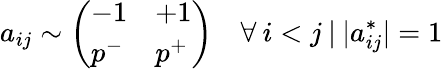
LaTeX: a_{ij}\sim\left(\begin{array}{ll}{-1}&{+1}\\ {p^{-}}&{p^{+}}\end{array}\right)\quad\forall\: i<j\: |\: |a_{ij}^{*}|=1